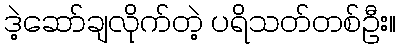
ဒဲ့ဆော်ချလိုက်တဲ့ ပရိသတ်တစ်ဦး။